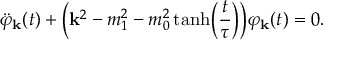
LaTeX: \ddot { \varphi } _ { \bf k } ( t ) + \Bigl ( { \bf k } ^ { 2 } - m _ { 1 } ^ { 2 } - m _ { 0 } ^ { 2 } \operatorname { t a n h } \Bigl ( \frac { t } { \tau } \Bigr ) \Bigr ) \varphi _ { \bf k } ( t ) = 0 .